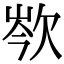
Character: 𣢽